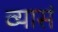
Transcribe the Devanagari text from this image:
व्यासं